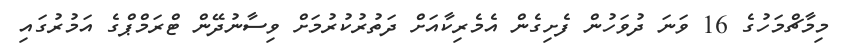
މިމާޗްމަހުގެ 16 ވަނަ ދުވަހުން ފެށިގެން އެމެރިކާއަށް ދަތުރުކުރުމަށް ވިސާނުދޭން ޓްރަމްޕްގެ އަމުރުގައި